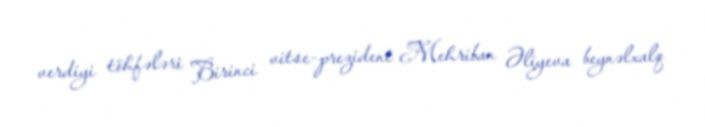
verdiyi töhfələri Birinci vitse-prezident Mehriban Əliyeva beynəlxalq